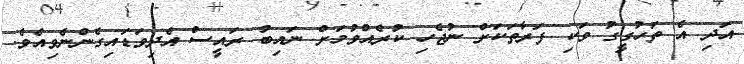
އަދި އެ ތަހުގީގު ވަކި ފަރާތަކަށް ނުޖެހި ކުރެއްވުމަށް ނައިބު ރައީސް އެދިވަޑައިގެންނެވިއެވެ.